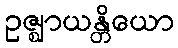
ဥဇ္ဈာယန္တိယော